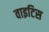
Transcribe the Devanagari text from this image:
वाइटिस